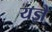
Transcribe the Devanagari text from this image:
यज्ञै